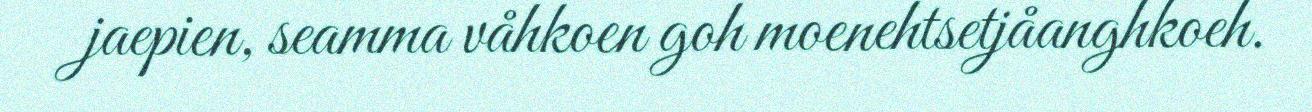
jaepien, seamma våhkoen goh moenehtsetjåanghkoeh.